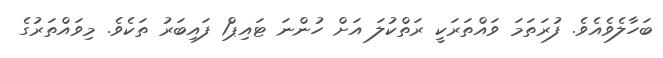
ބަހާލެވެއެވެ. ފުރަތަމަ ވައްތަރަކީ ރަތްކުލަ އަށް ހުންނަ ޓައިޕް1 ފައިބަރު ތަކެވެ. މިވައްތަރުގެ